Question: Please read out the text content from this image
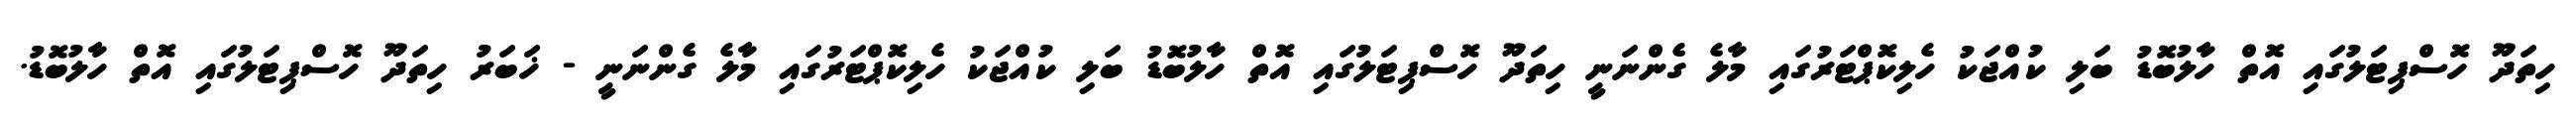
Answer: ހިތަދޫ ހޮސްޕިޓަލުގައި އޮތް ހާލުބޮޑު ބަލި ކުއްޖަކު ހެލިކޮޕްޓަރުގައި މާލެ ގެންނަނީ ހިތަދޫ ހޮސްޕިޓަލުގައި އޮތް ހާލުބޮޑު ބަލި ކުއްޖަކު ހެލިކޮޕްޓަރުގައި މާލެ ގެންނަނީ - ޚަބަރު ހިތަދޫ ހޮސްޕިޓަލުގައި އޮތް ހާލުބޮޑު.